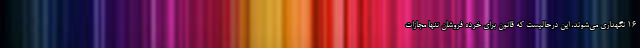
۱۶ نگهداری می‌شوند، این درحالیست که قانون برای خرده فروشان تنها مجازات